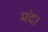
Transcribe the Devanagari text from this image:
मंद।